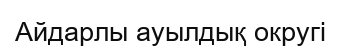
Айдарлы ауылдық округі